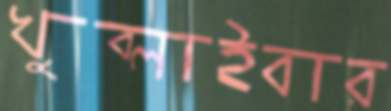
খুব্‌লাইবার